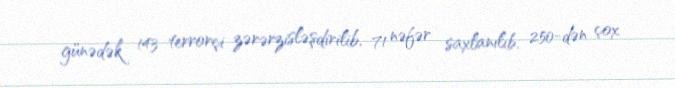
günədək 143 terrorçi zərərzisləşdirilib, 71 nəfər saxlanılıb, 250-dən çox